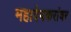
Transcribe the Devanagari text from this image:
महादेवकरांवर